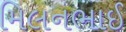
મિલનભાઈ